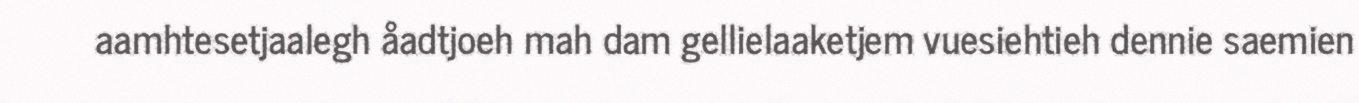
aamhtesetjaalegh åadtjoeh mah dam gellielaaketjem vuesiehtieh dennie saemien